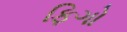
ફિગો